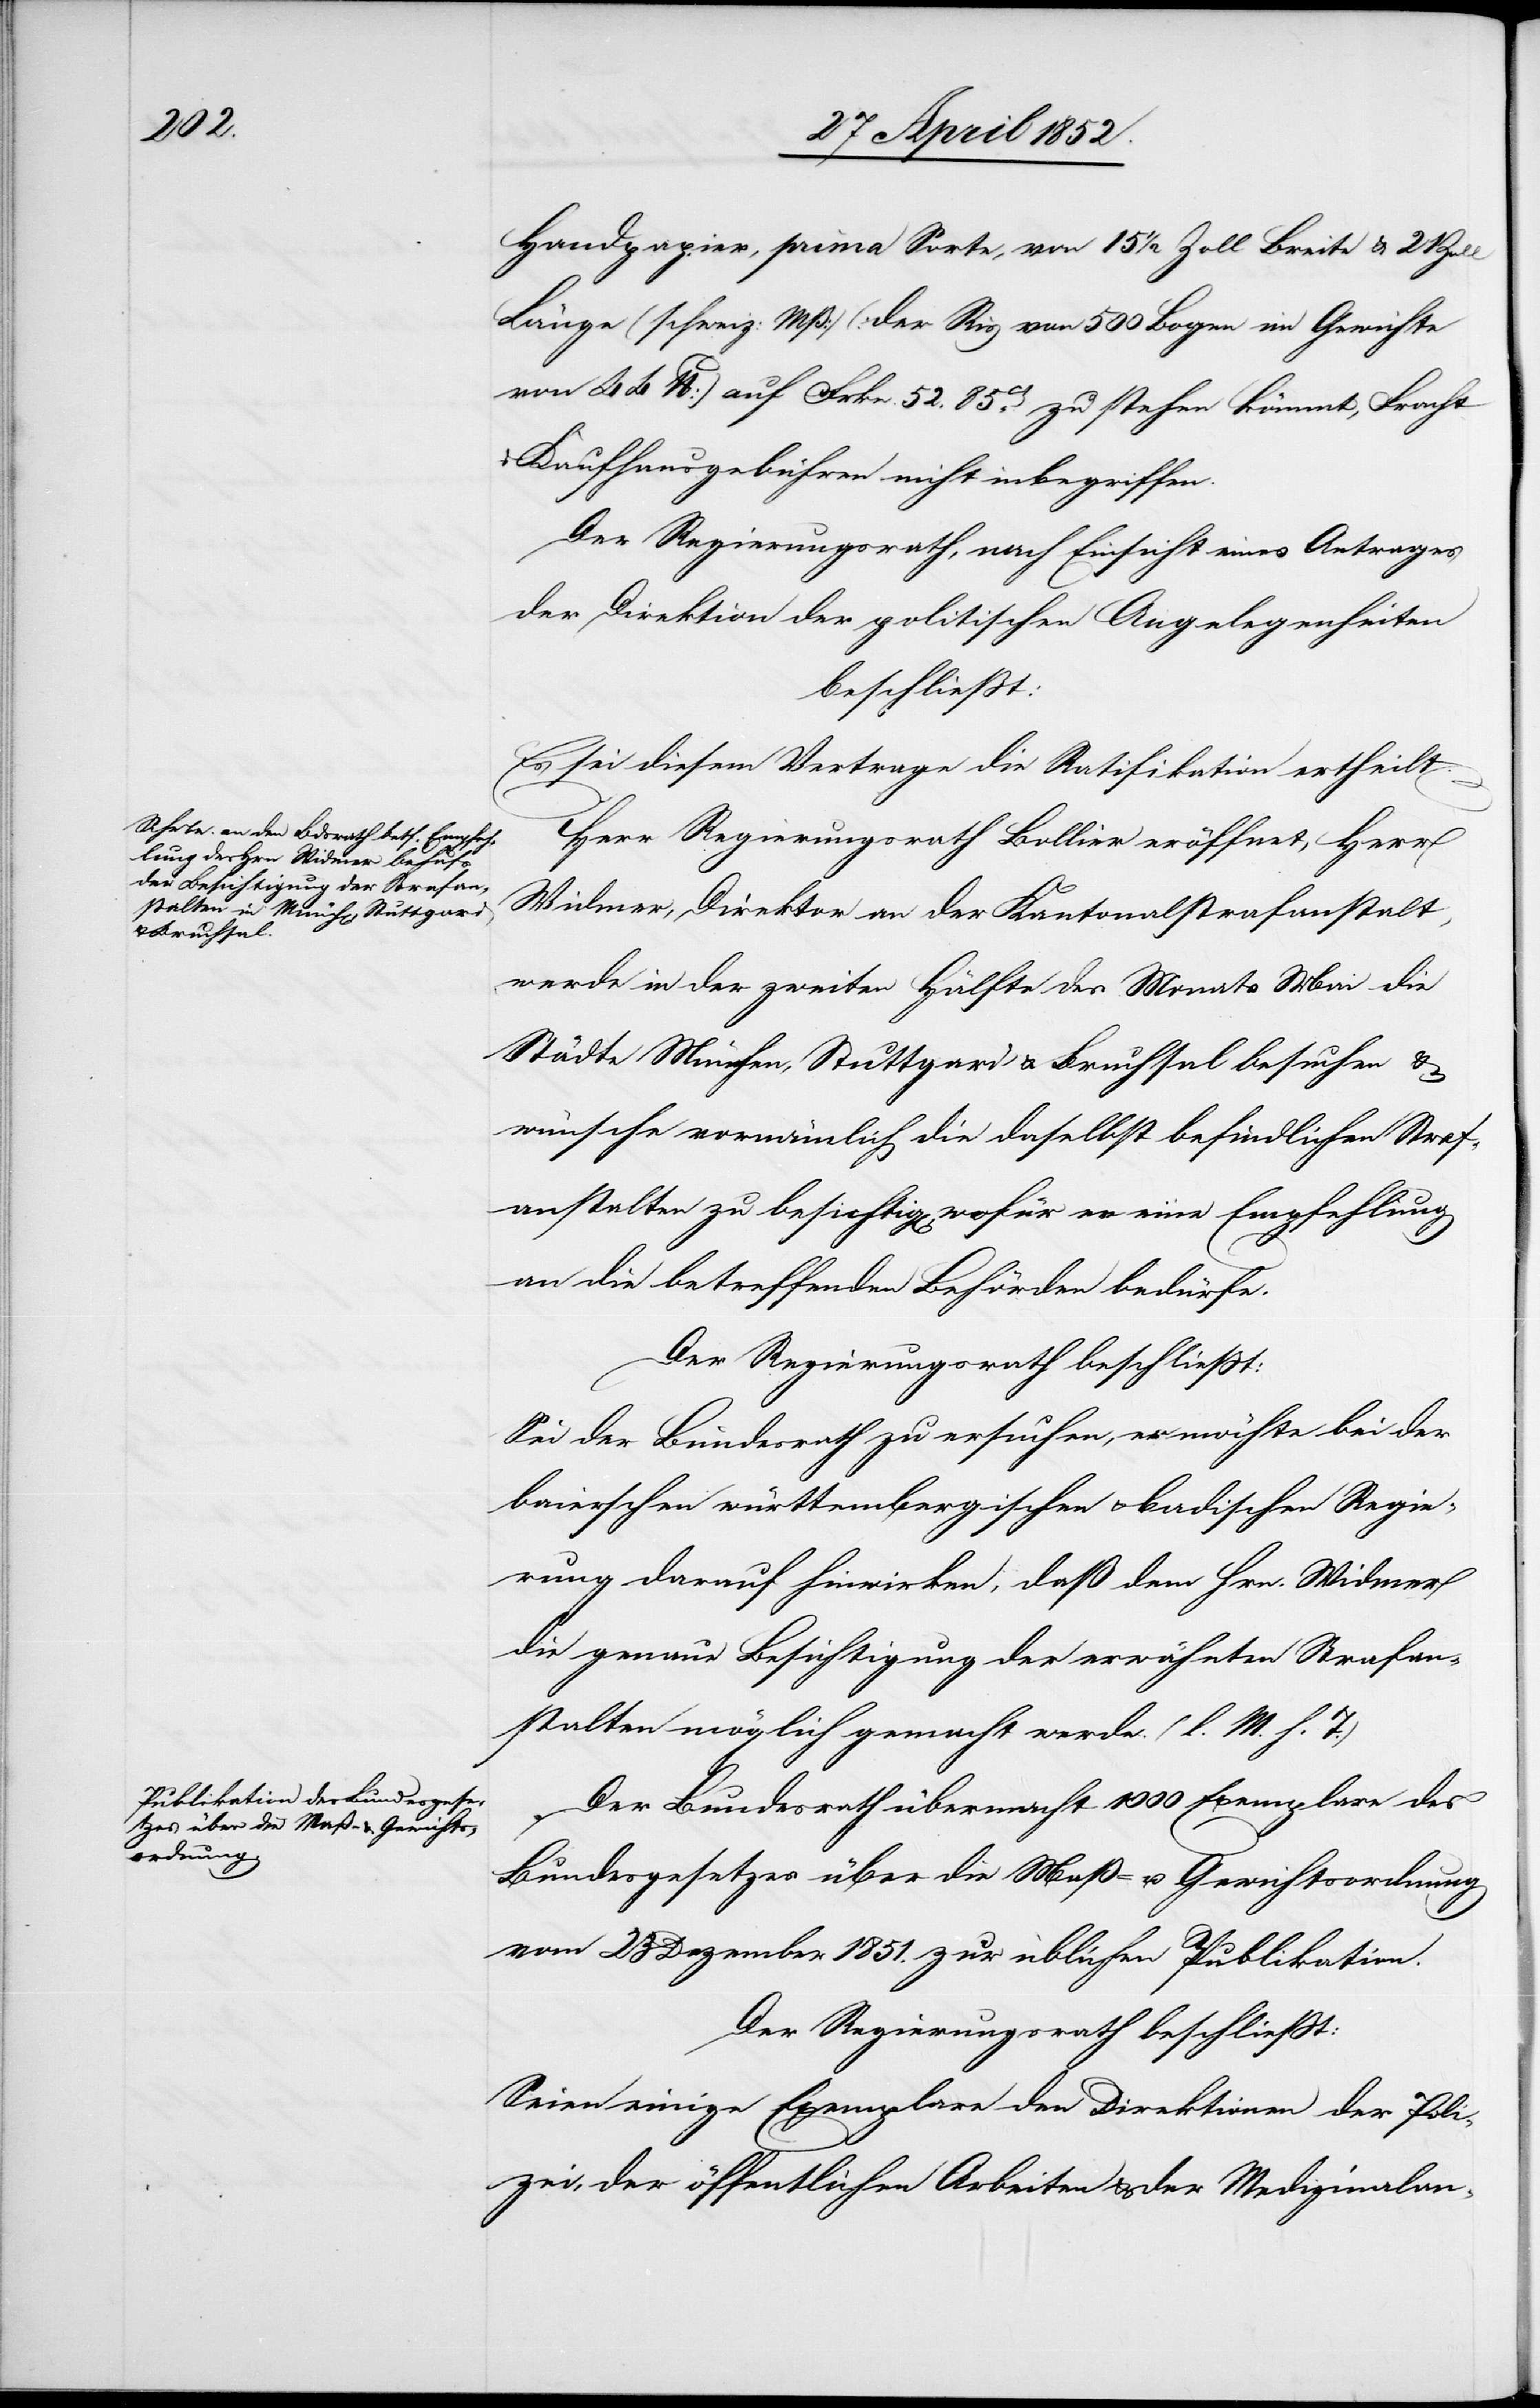
Handpapier, prima Sorte, von 15 1/2 Zoll Breite & 21
Länge (schweiz: Mß) (der Ris von 500 Bogen im Gewichte
von 44 lb) auf Frkn. 52. 85ct. zu stehen kömmt, Fracht
Kaufhausgebühren nicht inbegriffen.
Der Regierungsrath, nach Einsicht eines Antrages
der Direktion der politischen Angelegenheiten
beschliesst:
Es sei diesem Vertrage die Ratifikation ertheilt.
Herr Regierungsrath Bollier eröffnet, Herr
Widmer, Direktor an der Kantonalstrafanstalt,
werde in der zweiten Hälfte des Monats Mai die
Städte München, Stuttgard & Bruchsal besuchen &
wünsche vornämlich die daselbst befindlichen Straf¬
anstalten zu besichtig[en], wofür er eine Empfehlung
an die betreffenden Behörden bedürfe.
Der Regierungsrath beschliesst:
Sei der Bundesrath zu ersuchen, er möchte bei der
baierschen[,] württembergischen & badischen Regie¬
rung darauf hinwirken, daß dem Hrn. Widmer
die genaue Besichtigung der erwähnten Strafan¬
stalten möglich gemacht werde. (l. M. h. T.)
Der Bundesrath übermacht 1000 Exemplare des
Bundesgesetzes über die Maß- u. Gewichtsordnung
vom 23 Dezember 1851. zur üblichen Publikation.
Der Regierungsrath beschliesst:
Seien einige Exemplare den Direktionen der Poli¬
zei, der öffentlichen Arbeiten & der Medizinalan-